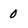
Character: 0